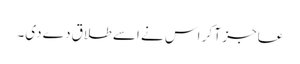
عاجز آ کر اس نے اسے طلاق دے دی۔